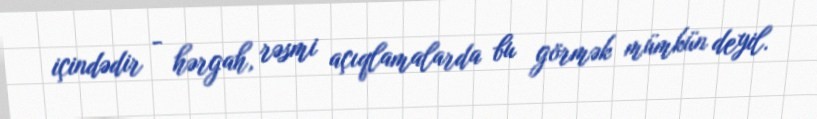
içindədir - hərgah, rəsmi açıqlamalarda bu görmək mümkün deyil.